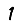
Digit: 1